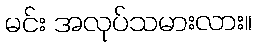
မင်း အလုပ်သမားလား။